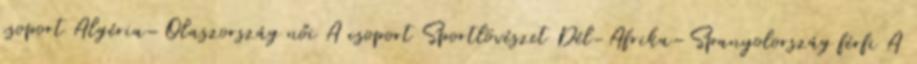
csoport Algéria–Olaszország női A csoport Sportlövészet Dél-Afrika–Spanyolország férfi A